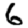
Digit: 6